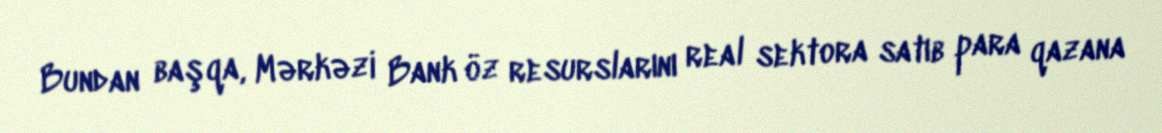
Bundan başqa, Mərkəzi Bank öz resurslarını real sektora satıb para qazana